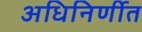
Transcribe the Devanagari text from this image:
अधिनिर्णीत